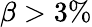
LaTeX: \beta>3\%